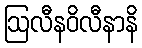
ဩလီနဝိလီနာနိ